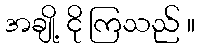
အချို့ ငို ကြသည် ။